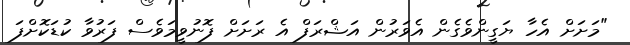
"މަށަށް އެހާ ޔަގީންވެގެން އެވަރުން އަޝްރަފް އެ ރަށަށް ފޮނުވީމަވެސް ފަރުވާ ކުޑަކޮށްފަ